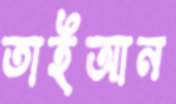
তাইআন